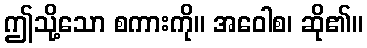
ဤသို့သော စကားကို။ အဝေါစ၊ ဆို၏။